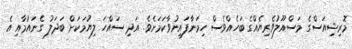
މޮރިޝިއަސްގެ މަސްއޫލުވެރިޔެއްގެ ބަހެއްވެސް ހިމަނާފައިނުވާކަމަށެވެ. އަދި ސައްހަ ލިޔުމަކަށް ބަދަލު ގެނައުމާއި އެ